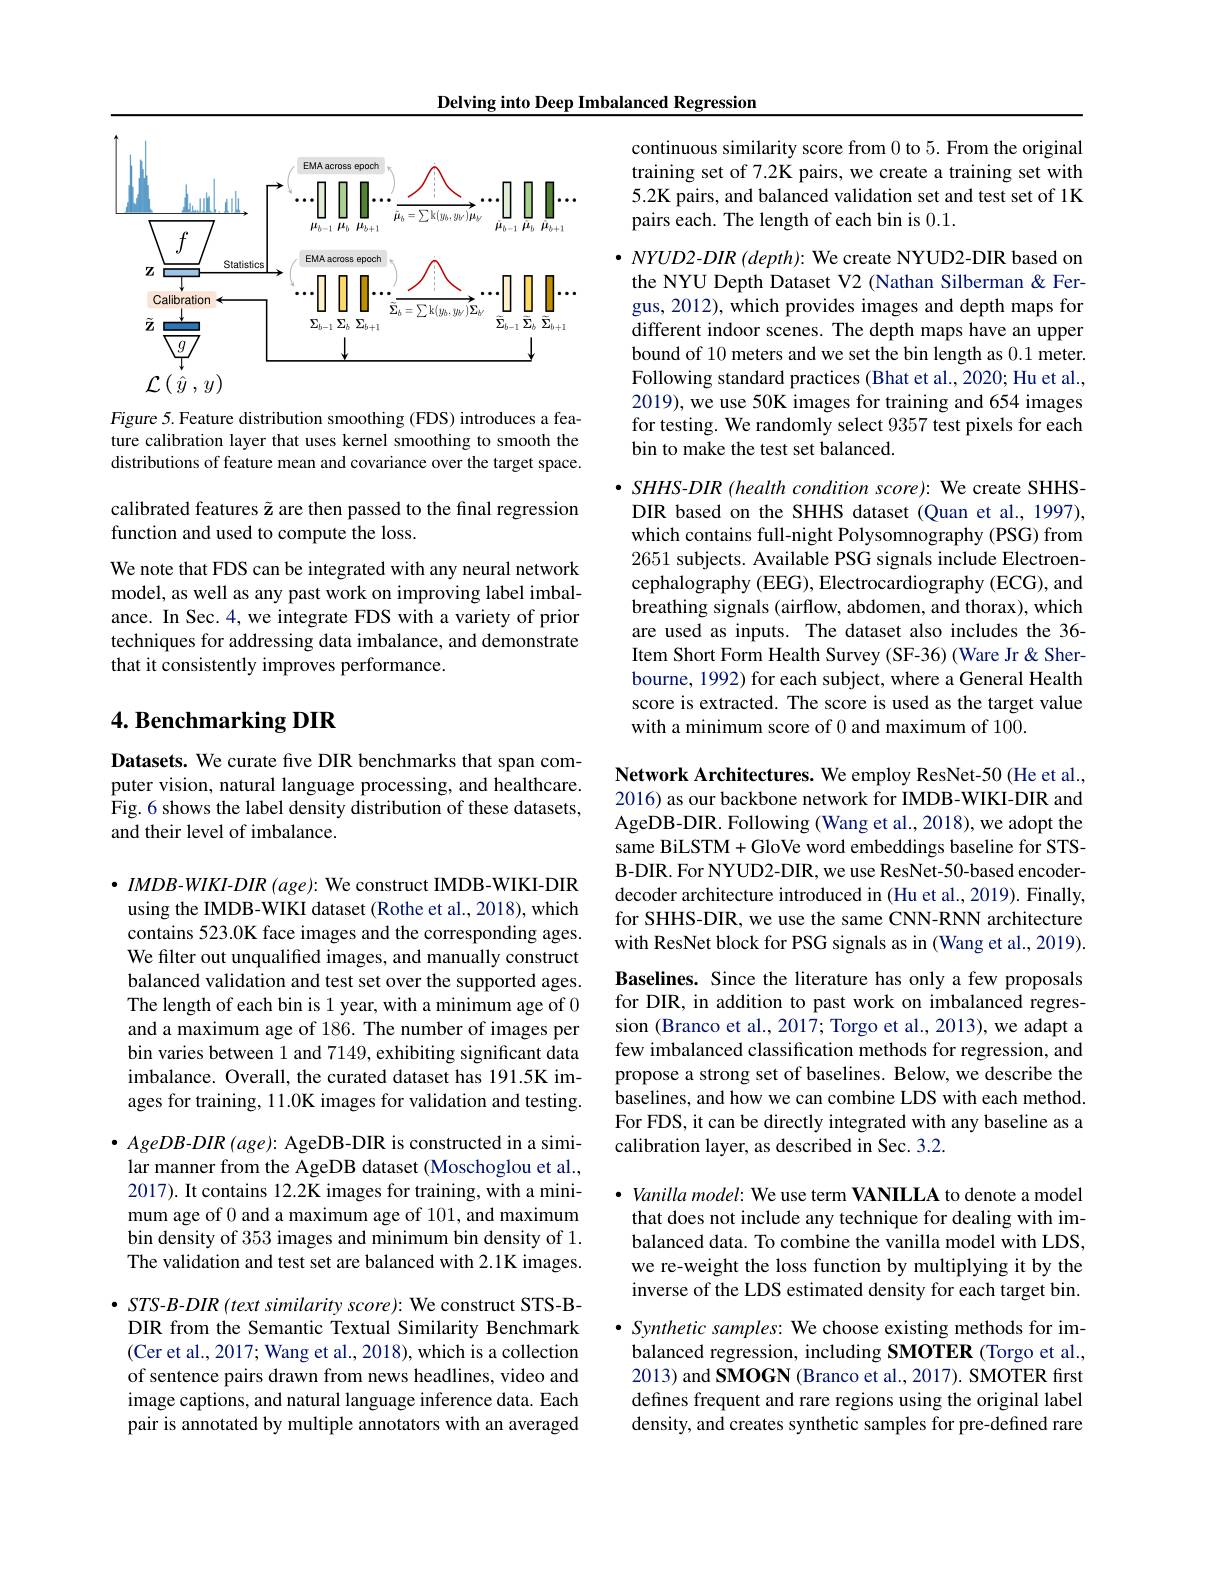
Delving into Deep Imbalanced Regression

<FigureHere>

Figure 5. Feature distribution smoothing (FDS) introduces a feature calibration layer that uses kernel smoothing to smooth the distributions of feature mean and covariance over the target space.

calibrated features z are then passed to the final regression
function and used to compute the loss.
We note that FDS can be integrated with any neural network model, as well as any past work on improving label imbalance. In Sec. 4, we integrate FDS with a variety of prior techniques for addressing data imbalance, and demonstrate that it consistently improves performance.

## 4. Benchmarking DIR

Datasets. We curate five DIR benchmarks that span computer vision, natural language processing, and healthcare. Fig.6 shows the label density distribution of these datasets, and their level of imbalance.

$\bullet$ IMDB-WIKI-DIR (age): We construct IMDB-WIKI-DIR using the IMDB-WIKI dataset (Rothe et al., 2018), which contains 523.0K face images and the corresponding ages. We filter out unqualified images, and manually construct balanced validation and test set over the supported ages. The length of each bin is 1 year, with a minimum age of 0 and a maximum age of 186. The number of images per bin varies between 1 and 7149, exhibiting significant data imbalance. Overall, the curated dataset has 191.5K images for training, 1 1.0K images for validation and testing.
$\bullet$ AgeDB-DIR (age): AgeDB-DIR is constructed in a simi-
lar manner from the AgeDB dataset (Moschoglou et al., 2017). It contains 12.2K images for training, with a minimum age of 0 and a maximum age of 101, and maximum bin density of 353 images and minimum bin density of 1. The validation and test set are balanced with 2.1K images. $\bullet$ STS-B-DIR (text similarity score): We construct STS-B-
DIR from the Semantic Textual Similarity Benchmark (Cer et al., 2017; Wang et al., 2018), which is a collection of sentence pairs drawn from news headlines, video and image captions, and natural language inference data. Each pair is annotated by multiple annotators with an averaged

continuous similarity score from 0 to 5. From the original training set of 7.2K pairs, we create a training set with 5.2K pairs, and balanced validation set and test set of 1K pairs each. The length of each bin is 0.1.

$\bullet NYUD2-DIR(depth){:}$ We create NYUD2-DIR based on the NYU Depth Dataset V2 (Nathan Silberman & Fergus, 2012), which provides images and depth maps for different indoor scenes. The depth maps have an upper bound of 10 meters and we set the bin length as 0.1 meter. Following standard practices (Bhat et al., 2020; Hu et al., 2019), we use 50K images for training and 654 images for testing. We randomly select 9357 test pixels for each bin to make the test set balanced.

$\bullet$ SHHS-DIR (health condition score): We create SHHSDIR based on the SHHS dataset (Quan et al., 1997), which contains full-night Polysomnography (PSG) from 2651 subjects. Available PSG signals include Electroencephalography (EEG), Electrocardiography (ECG), and breathing signals (airflow, abdomen, and thorax), which are used as inputs. The dataset also includes the 36- Item Short Form Health Survey (SF-36) (Ware Jr & Sherbourne, 1992) for each subject, where a General Health score is extracted. The score is used as the target value with a minimum score of 0 and maximum of 100.

Network Architectures. We employ ResNet-50 (He et al., 2016) as our backbone network for IMDB-WIKI-DIR and AgeDB-DIR. Following (Wang et al., 2018), we adopt the same BiLSTM+GloVe word embeddings baseline for STSB-DIR. For NYUD2-DIR, we use ResNet-50-based encoderdecoder architecture introduced in (Hu et al., 2019). Finally, for SHHS-DIR, we use the same CNN-RNN architecture with ResNet block for PSG signals as in (Wang et al., 2019). Baselines. Since the literature has only a few proposals for DIR, in addition to past work on imbalanced regression (Branco et al., 2017; Torgo et al., 2013), we adapt a few imbalanced classification methods for regression, and propose a strong set of baselines. Below, we describe the baselines, and how we can combine LDS with each method. For FDS, it can be directly integrated with any baseline as a calibration layer, as described in Sec. 3.2.

$\cdot Vanillamodel:$ We use term VANILLA to denote a model that does not include any technique for dealing with imbalanced data. To combine the vanilla model with LDS, we re-weight the loss function by multiplying it by the inverse of the LDS estimated density for each target bin. $\bullet$ Synthetic samples: We choose existing methods for im-
balanced regression, including SMOTER (Torgo et al., 2013) and SMOGN (Branco et al., 2017). SMOTER first defines frequent and rare regions using the original label density, and creates synthetic samples for pre-defined rare